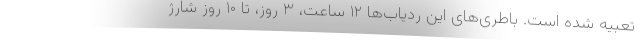
تعبیه شده است. باطری‌های این ردیاب‌ها ۱۲ ساعت، ۳ روز، تا ۱۰ روز شارژ